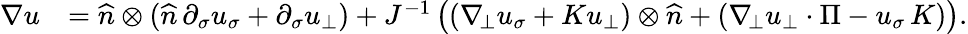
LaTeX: \begin{array}{rl}{\nabla u}&{=\widehat{n}\otimes(\widehat{n}\, \partial_{\sigma}u_{\sigma}+\partial_{\sigma}u_{\bot})+J^{-1}\left((\nabla_{\! \bot}u_{\sigma}+Ku_{\bot})\otimes\widehat{n}+(\nabla_{\! \bot}u_{\bot}\cdot\Pi-u_{\sigma}\, K)\right).}\end{array}